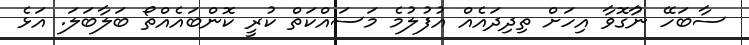
ސާބަހޭ ނުާގޮވާ އިހަށް ތިދިދައެއް އުފުލުމެ މަސައްކަތް ކުރީ ކޮންބައެއްތޯ ބަލާބަލަ. އަޅެ